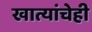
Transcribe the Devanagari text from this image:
खात्यांचेही